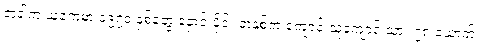
တခါက ယူကေမှာ ၁၉၇၀ နှစ်တွေ နှောင်းပိုင်း တနှစ်က ကျောင်းသူကျောင်းသား ၇၈ ယောက်